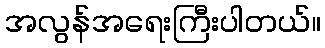
အလွန်အရေးကြီးပါတယ်။